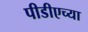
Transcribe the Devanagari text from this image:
पीडीएच्या